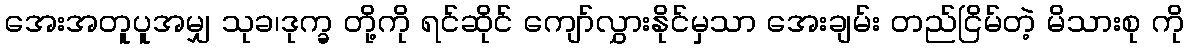
အေးအတူပူအမျှ သုခ၊ဒုက္ခ တို့ကို ရင်ဆိုင် ကျော်လွှားနိုင်မှသာ အေးချမ်း တည်ငြိမ်တဲ့ မိသားစု ကို